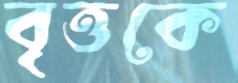
বৃত্তকে